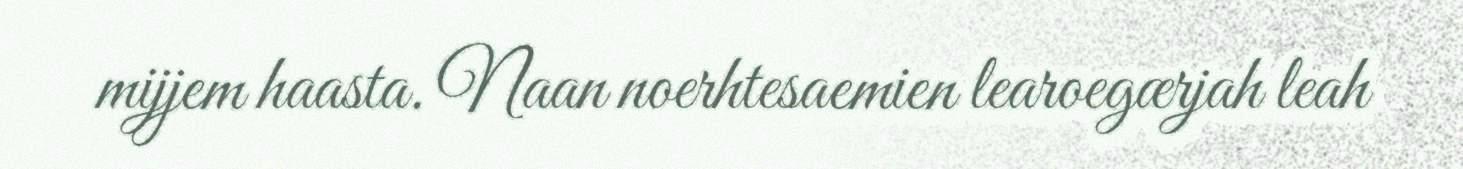
mijjem haasta. Naan noerhtesaemien learoegærjah leah